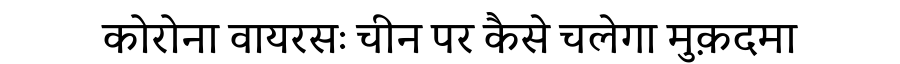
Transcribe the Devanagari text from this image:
कोरोना वायरसः चीन पर कैसे चलेगा मुक़दमा